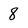
Character: 8